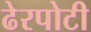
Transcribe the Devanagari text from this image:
ढेरपोटी